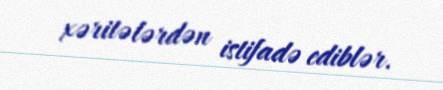
xəritələrdən istifadə ediblər.